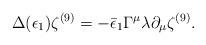
LaTeX: \begin{align*}\Delta (\epsilon_1) \zeta^{(9)} = - \bar\epsilon_1 \Gamma^\mu \lambda\partial_\mu \zeta^{(9)}.\end{align*}